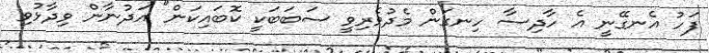
ފަހު އެނގޭނީ އެ ހާދިސާ ހިނގަން މެދުވެރިވީ ސަބަބަކީ ކޮބައިކަން" އަދުނާން ވިދާޅުވި